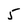
Character: 5